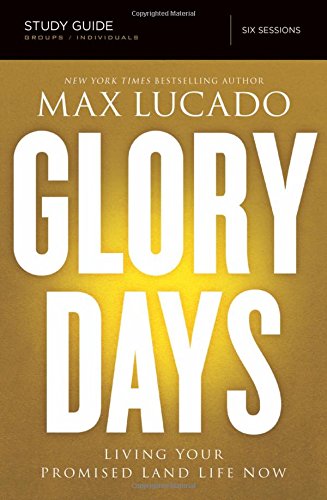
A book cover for Glory Days Study Guide: Living Your Promised Land Life Now; Max Lucado; Christian Books & Bibles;